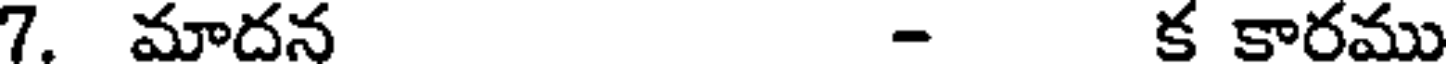
7. మాదన - క కారము